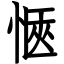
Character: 愜